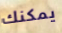
يمكنك